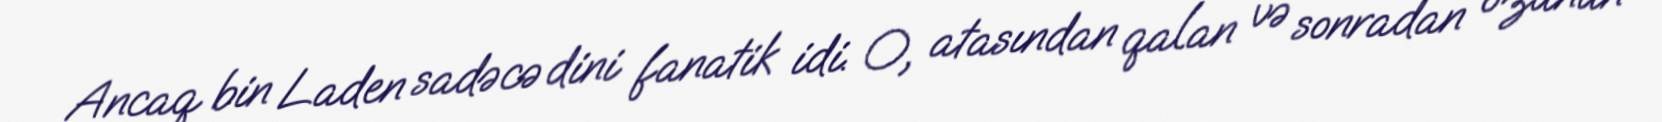
Ancaq bin Laden sadəcə dini fanatik idi. O, atasından qalan və sonradan özünün